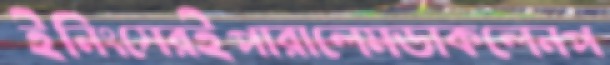
ইনিংসেরইপারালেমডাকলেনপ